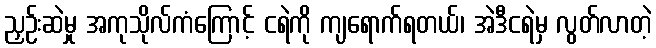
ညှဉ်းဆဲမှု အကုသိုလ်ကံကြောင့် ငရဲကို ကျရောက်ရတယ်၊ အဲဒီငရဲမှ လွတ်လာတဲ့